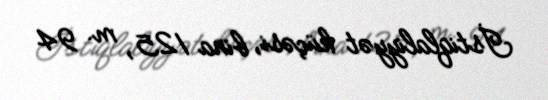
İstiqlaliyyət küçəsi, bina 125, m. 94